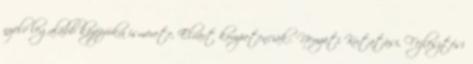
nyelv legalább középfokú ismerete, Elvárt kompetenciák:. Nemzeti Kutatási, Fejlesztési